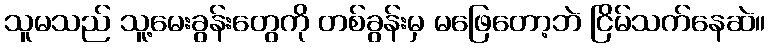
သူမသည် သူ့မေးခွန်းတွေကို တစ်ခွန်းမှ မဖြေတော့ဘဲ ငြိမ်သက်နေဆဲ။